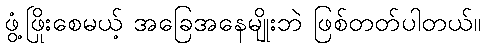
ဖွံ့ဖြိုးစေမယ့် အခြေအနေမျိုးဘဲ ဖြစ်တတ်ပါတယ်။